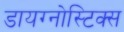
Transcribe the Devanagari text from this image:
डायग्‍नोस्टिक्‍स